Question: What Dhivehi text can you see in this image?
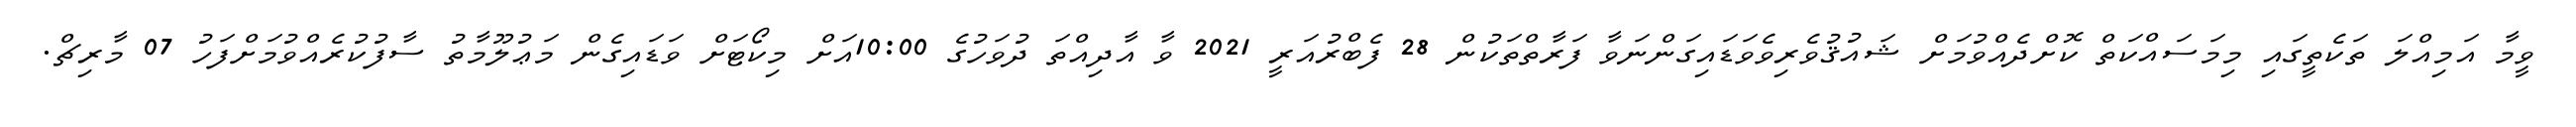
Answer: ވީމާ އަމިއްލަ ތަކެތީގައި މިމަސައްކަތް ކޮށްދެއްވުމަށް ޝައުޤުވެރިވެވަޑައިގަންނަވާ ފަރާތްތަކުން 28 ފެބްރުއަރީ 2021 ވާ އާދިއްތަ ދުވަހުގެ 10:00އަށް މިކޯޓަށް ވަޑައިގެން މަޢުލޫމާތު ސާފުކުރެއްވުމަށްފަހު 07 މާރިޗް.